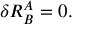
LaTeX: \delta R _ { B } ^ { A } = 0 .